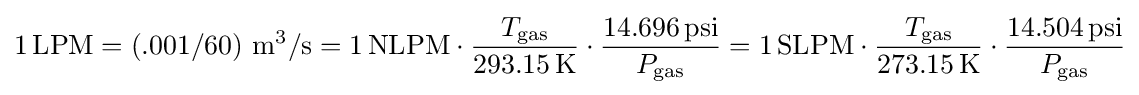
1\,\mathrm {LPM} =(.001/60)~\mathrm {m^{3}} /\mathrm {s} =1\,\mathrm {NLPM} \cdot {\frac {T_{\text{gas}}}{293.15\,\mathrm {K} }}\cdot {\frac {14.696\,{\text{psi}}}{P_{\text{gas}}}}=1\,\mathrm {SLPM} \cdot {\frac {T_{\text{gas}}}{273.15\,\mathrm {K} }}\cdot {\frac {14.504\,{\text{psi}}}{P_{\text{gas}}}}